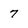
Character: 7